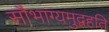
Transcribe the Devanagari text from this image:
सौभाग्यमुद्वहति